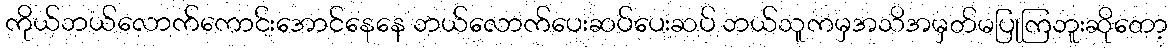
ကိုယ်ဘယ်လောက်ကောင်းအောင်နေနေ ဘယ်လောက်ပေးဆပ်ပေးဆပ် ဘယ်သူကမှအသိအမှတ်မပြုကြဘူးဆိုတော့